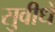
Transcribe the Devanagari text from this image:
सुवीधे